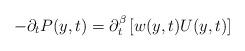
LaTeX: \begin{align*}- \partial_t P(y,t) = \partial_t^\beta \left[ w(y,t) U(y,t) \right]\end{align*}